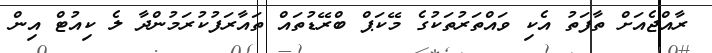
ރާއްޖެއަށް ތާފަތު އެކި ވައްތަރުތަކުގެ މޭކަޕް ބްރޭޑުތައް ތައާރަފުކުރަމުންދާ ލެ ކިއުޓް އިން